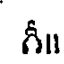
గీ॥